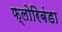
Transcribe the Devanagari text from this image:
फ्लोरिबंडा